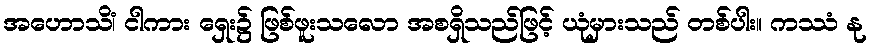
အဟောသိံ၊ ငါကား ရှေး၌ ဖြစ်ဖူးသလော အစရှိသည်ဖြင့် ယုံမှားသည် တစ်ပါး။ ကဿံ နု